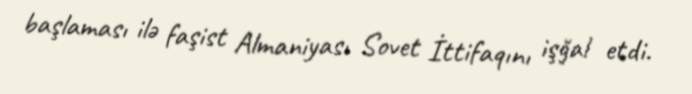
başlaması ilə faşist Almaniyası Sovet İttifaqını işğal etdi.